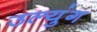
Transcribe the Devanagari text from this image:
उल्युंग